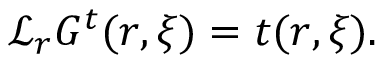
\mathcal { L } _ { \boldsymbol { r } } G ^ { t } ( \boldsymbol { r } , \boldsymbol { \xi } ) = t ( \boldsymbol { r } , \boldsymbol { \xi } ) .